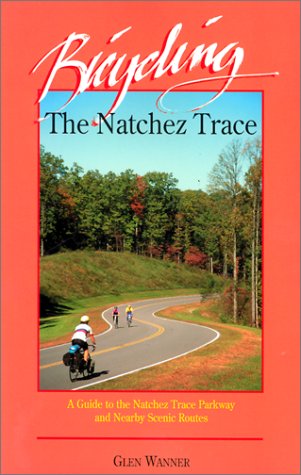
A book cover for Bicycling the Natchez Trace: A Guide to the Natchez Trace Parkway and Nearby Scenic Routes; Glen Wanner; Travel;